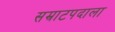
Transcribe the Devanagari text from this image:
सम्राटपदाला